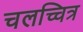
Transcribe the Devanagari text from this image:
चलच्चित्र